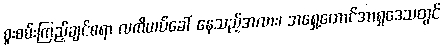
စူးစမ်းကြည့်ချင်စရာ လကိယပ်ခေါ် နေသည့်အလား၊ အရှေ့တောင်အာရှဒေသတွင်